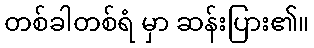
တစ်ခါတစ်ရံ မှာ ဆန်းပြား၏။